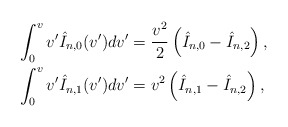
\begin{align*} \int_0^vv'\hat{I}_{n,0}(v')dv'&=\frac{v^2}{2}\left(\hat{I}_{n,0}-\hat{I}_{n,2}\right),\\ \int_0^vv'\hat{I}_{n,1}(v')dv'&=v^2\left(\hat{I}_{n,1}-\hat{I}_{n,2}\right),\end{align*}